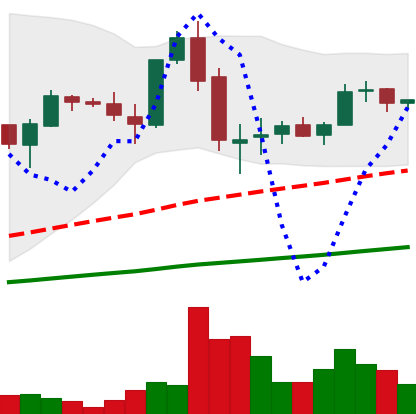
Ticker: LTC-USD
Chart end date: 2017-06-04
Forward return: 6.236%
Label: up_5_7